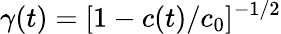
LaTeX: \gamma(t)=[1-c(t)/c_{0}]^{-1/2}